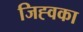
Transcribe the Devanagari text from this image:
जिह्वका